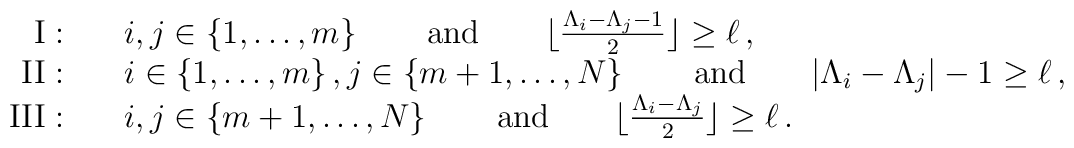
\begin{array}{rl}{\rm{I}}: & \quad i,j \in \{1,\dots,m \}\,  \qquad {\rm{and}} \qquad\lfloor \frac{\Lambda_i-\Lambda_j-1}{2}\rfloor \geq \ell \,,\cr{\rm{II}}: & \quad i \in \{1,\dots,m\} \, , j \in \{m+1,\dots,N \}\,\qquad {\rm{and}} \qquad|\Lambda_i-\Lambda_j|-1 \geq   \ell\,,\cr{\rm{III}}: & \quad i,j \in \{m+1,\dots,N \}\,  \qquad {\rm{and}} \qquad\lfloor \frac{\Lambda_i-\Lambda_j}{2}\rfloor \geq \ell \,.\cr\end{array}